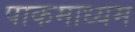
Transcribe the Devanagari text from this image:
पाकमाध्यम